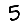
Digit: 5